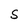
Character: S